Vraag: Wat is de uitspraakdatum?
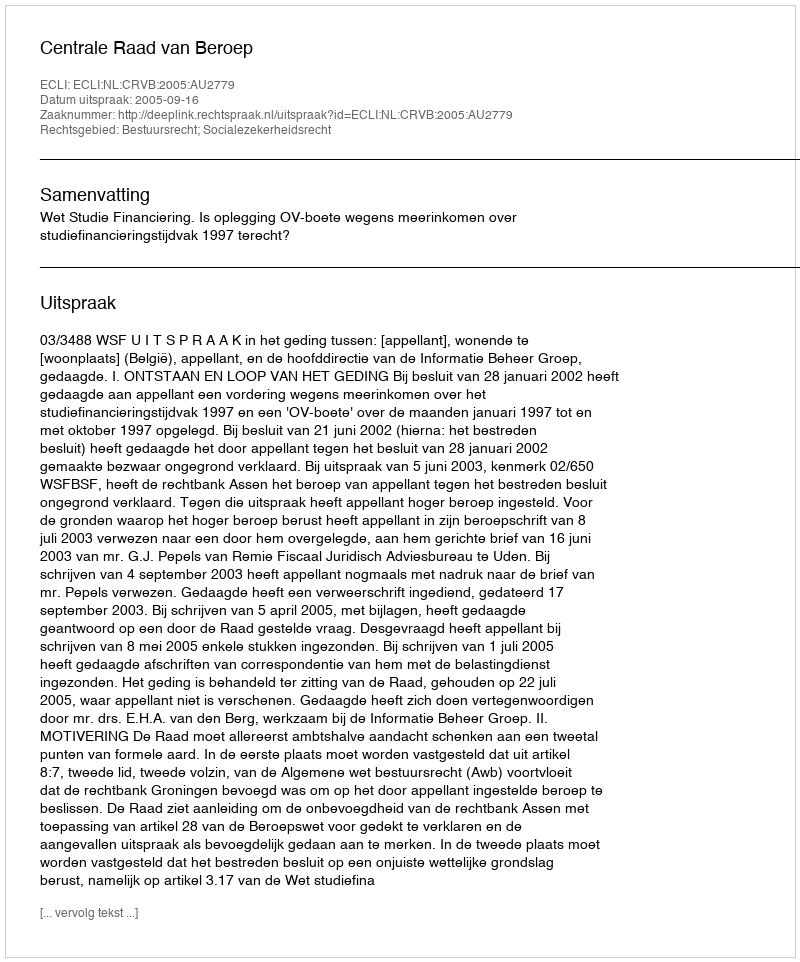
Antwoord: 2005-09-16